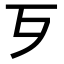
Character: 𣦶